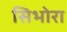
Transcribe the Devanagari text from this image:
सिभोरा